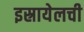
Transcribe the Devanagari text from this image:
इस्रायेलची